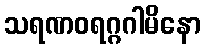
သရဏဝရဂ္ဂဂါမိနော